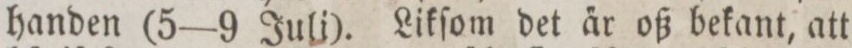
handen (5—9 Juli). Likſom det a̋r oß bekant, att